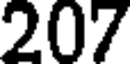
207